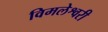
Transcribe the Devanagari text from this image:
विमलेश्वरी